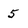
Character: 5